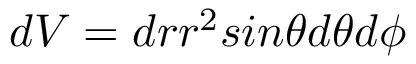
d V = d r r ^ { 2 } s i n \theta d \theta d \phi